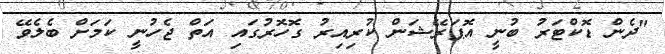
"ދެން ޑޮކްޓަރު ބުނީ އޮޕަރޭޝަން ކުރިއިރު ގޮހޮރުގައި އަތް ޖެހުނީ ކަމަށް ބެލެވޭ